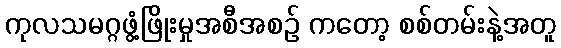
ကုလသမဂ္ဂဖွံ့ဖြိုးမှုအစီအစဉ် ကတော့ စစ်တမ်းနဲ့အတူ